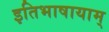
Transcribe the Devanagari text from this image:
इतिभाषायाम्‌